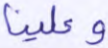
وعلينا